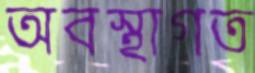
অবস্থাগত